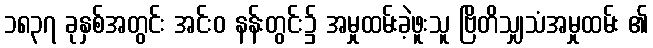
၁၈၃၇ ခုနှစ်အတွင်း အင်းဝ နန်းတွင်း၌ အမှုထမ်းခဲ့ဖူးသူ ဗြိတိသျှသံအမှုထမ်း ၏